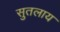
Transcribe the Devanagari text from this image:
सुतलाय